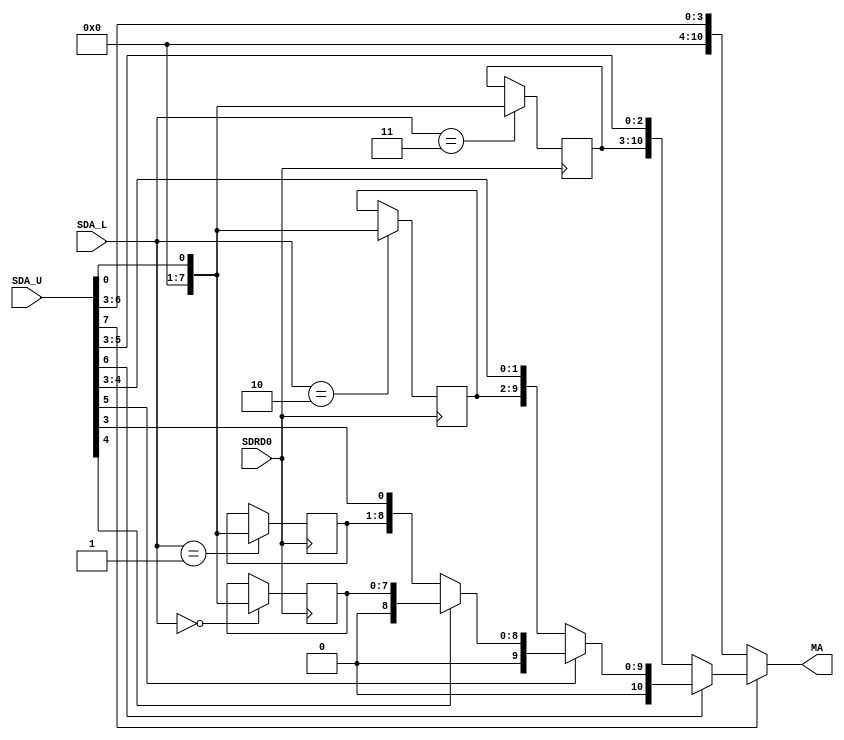
module zmc(
	input SDRD0,
	input [1:0] SDA_L,
	input [15:8] SDA_U,
	output [21:11] MA
);
	wire BANKSEL = SDA_U[15:8];		
	reg [7:0] RANGE_0;					
	reg [7:0] RANGE_1;					
	reg [7:0] RANGE_2;					
	reg [7:0] RANGE_3;
	assign MA = SDA_U[15] ?				
						~SDA_U[14] ?
							{RANGE_3, SDA_U[13:11]} :					
							~SDA_U[13] ?
								{1'b0, RANGE_2, SDA_U[12:11]} :		
								~SDA_U[12] ?
									{2'b00, RANGE_1, SDA_U[11]} :		
									{3'b000, RANGE_0} :					
					{6'b000000, SDA_U[15:11]};							
	always @(posedge SDRD0)
	begin
		case (SDA_L)
			0: RANGE_0 <= BANKSEL;
			1: RANGE_1 <= BANKSEL;
			2: RANGE_2 <= BANKSEL;
			3: RANGE_3 <= BANKSEL;
		endcase
	end
endmodule